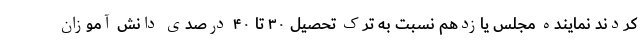
کردند نماینده مجلس یازدهم نسبت به ترک تحصیل ۳۰ تا ۴۰ درصدی دانش آموزان